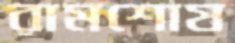
রামশোষ